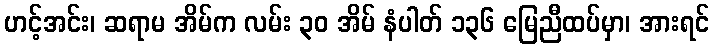
ဟင့်အင်း၊ ဆရာမ အိမ်က လမ်း ၃၀ အိမ် နံပါတ် ၁၃၆ မြေညီထပ်မှာ၊ အားရင်